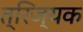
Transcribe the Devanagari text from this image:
त्रिज्यक